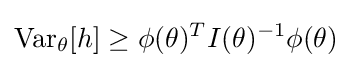
\operatorname {Var} _{\theta }[h]\geq \phi (\theta )^{T}I(\theta )^{-1}\phi (\theta )